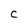
Character: C